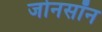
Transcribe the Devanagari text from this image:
जोनसॉन